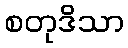
စတုဒိသာ